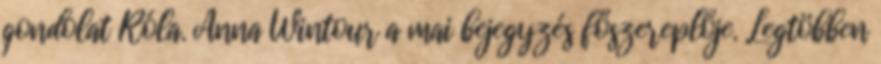
gondolat Róla. Anna Wintour a mai bejegyzés főszereplője. Legtöbben